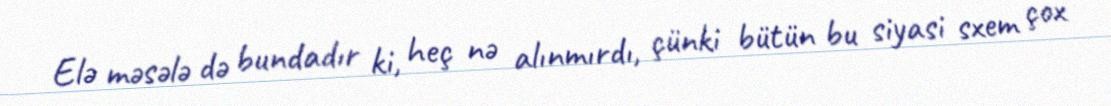
Elə məsələ də bundadır ki, heç nə alınmırdı, çünki bütün bu siyasi sxem çox